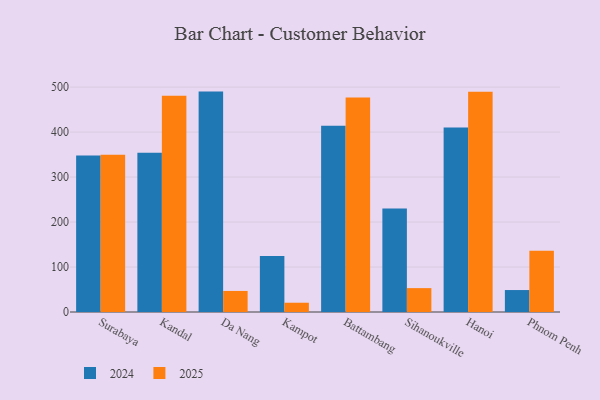
{"axis": {"x": "City", "y": "Customer Acquisition Cost (USD)"}, "legend": ["2024", "2025"], "data": [{"x": "Surabaya", "y": 348.1, "type": "2024"}, {"x": "Surabaya", "y": 349.4, "type": "2025"}, {"x": "Kandal", "y": 354.0, "type": "2024"}, {"x": "Kandal", "y": 480.6, "type": "2025"}, {"x": "Da Nang", "y": 490.0, "type": "2024"}, {"x": "Da Nang", "y": 46.8, "type": "2025"}, {"x": "Kampot", "y": 124.6, "type": "2024"}, {"x": "Kampot", "y": 20.6, "type": "2025"}, {"x": "Battambang", "y": 414.2, "type": "2024"}, {"x": "Battambang", "y": 476.8, "type": "2025"}, {"x": "Sihanoukville", "y": 230.1, "type": "2024"}, {"x": "Sihanoukville", "y": 53.1, "type": "2025"}, {"x": "Hanoi", "y": 410.4, "type": "2024"}, {"x": "Hanoi", "y": 489.8, "type": "2025"}, {"x": "Phnom Penh", "y": 48.8, "type": "2024"}, {"x": "Phnom Penh", "y": 136.2, "type": "2025"}]}